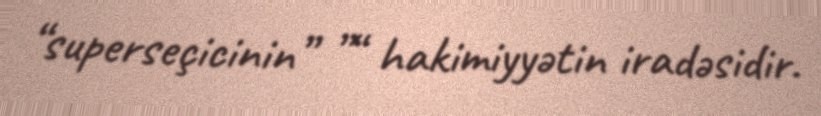
“superseçicinin” ”“ hakimiyyətin iradəsidir.